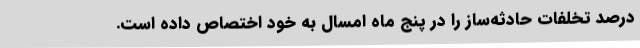
درصد تخلفات حادثه‌ساز را در پنج ماه امسال به خود اختصاص داده است.